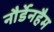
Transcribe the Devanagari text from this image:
नौर्डेनहैम